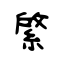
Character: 綮